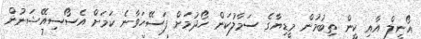
އޯނީލް އާއި ކީން ތިބުމުން މީޑިޔާގެ ސަމާލުކަން ހޯދުމަށް ފަސޭހަވާނެ ކަމަށް އެސޯސިއޭޝަނުން